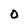
Character: 0